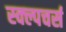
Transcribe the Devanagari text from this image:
स्क्ल्पचर्स